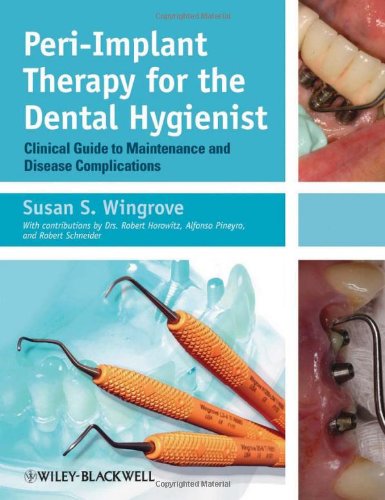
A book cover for Peri-Implant Therapy for the Dental Hygienist: Clinical Guide to Maintenance and Disease Complications; Susan S. Wingrove; Medical Books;